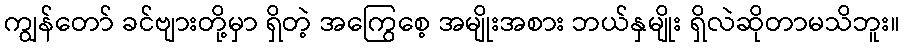
ကျွန်တော် ခင်ဗျားတို့မှာ ရှိတဲ့ အကြွေစေ့ အမျိုးအစား ဘယ်နှမျိုး ရှိလဲဆိုတာမသိဘူး။